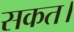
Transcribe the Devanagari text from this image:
सकत।